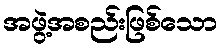
အဖွဲ့အစည်းဖြစ်သော